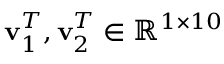
\mathbf { v } _ { 1 } ^ { T } , \mathbf { v } _ { 2 } ^ { T } \in \mathbb { R } ^ { 1 \times 1 0 }